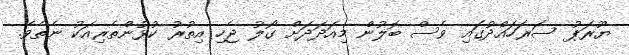
ޔޫރަޕު ސަރަހައްދުގައި ވެސް ބޮލުން މިއަދަދަށް ގޯލު ޖެހި އިތުރު ކުޅުންތެރިއަކު ނެތެވެ.